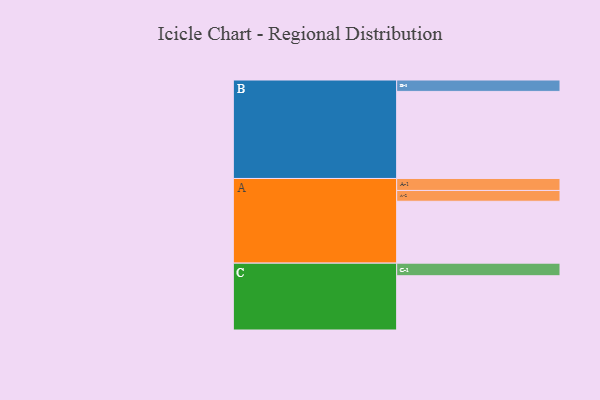
{"axis": {"x": "Segment", "y": "Value"}, "legend": ["", "A", "B", "C"], "data": [{"x": "A", "y": 413, "type": ""}, {"x": "B", "y": 581, "type": ""}, {"x": "C", "y": 362, "type": ""}, {"x": "A-1", "y": 80, "type": "A"}, {"x": "A-2", "y": 72, "type": "A"}, {"x": "B-1", "y": 76, "type": "B"}, {"x": "C-1", "y": 84, "type": "C"}]}